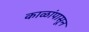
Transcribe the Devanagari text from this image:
काळांपासून